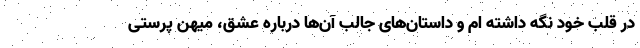
در قلب خود نگه داشته ام و داستان‌های جالب آن‌ها درباره عشق، میهن پرستی